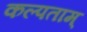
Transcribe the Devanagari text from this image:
कल्पताम्